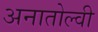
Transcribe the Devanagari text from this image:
अनातोल्वी